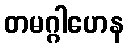
တမဂ္ဂါဟေန